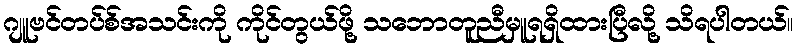
ဂျူဗင်တပ်စ်အသင်းကို ကိုင်တွယ်ဖို့ သဘောတူညီမှူရရှိထားပြီလို့ သိရပါတယ်။